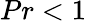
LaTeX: Pr<1